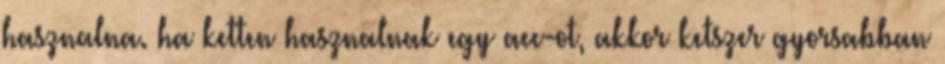
hasznalna. ha ketten hasznalnak egy acc-ot, akkor ketszer gyorsabban